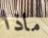
ماذا